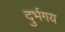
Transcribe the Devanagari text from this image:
दुर्भगय